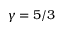
\gamma = 5 / 3